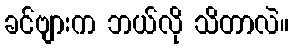
ခင်ဗျားက ဘယ်လို သိတာလဲ။